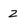
Character: 2